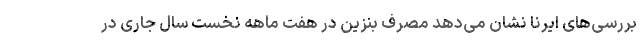
بررسی‌های ایرنا نشان می‌دهد مصرف بنزین در هفت ماهه نخست سال جاری در